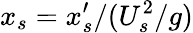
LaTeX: x_{s}=x_{s}^{\prime}/(U_{s}^{2}/g)